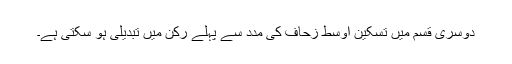
دوسری قسم میں تسکین اوسط زحاف کی مدد سے پہلے رکن میں تبدیلی ہو سکتی ہے۔